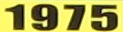
1975